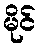
မိုင်